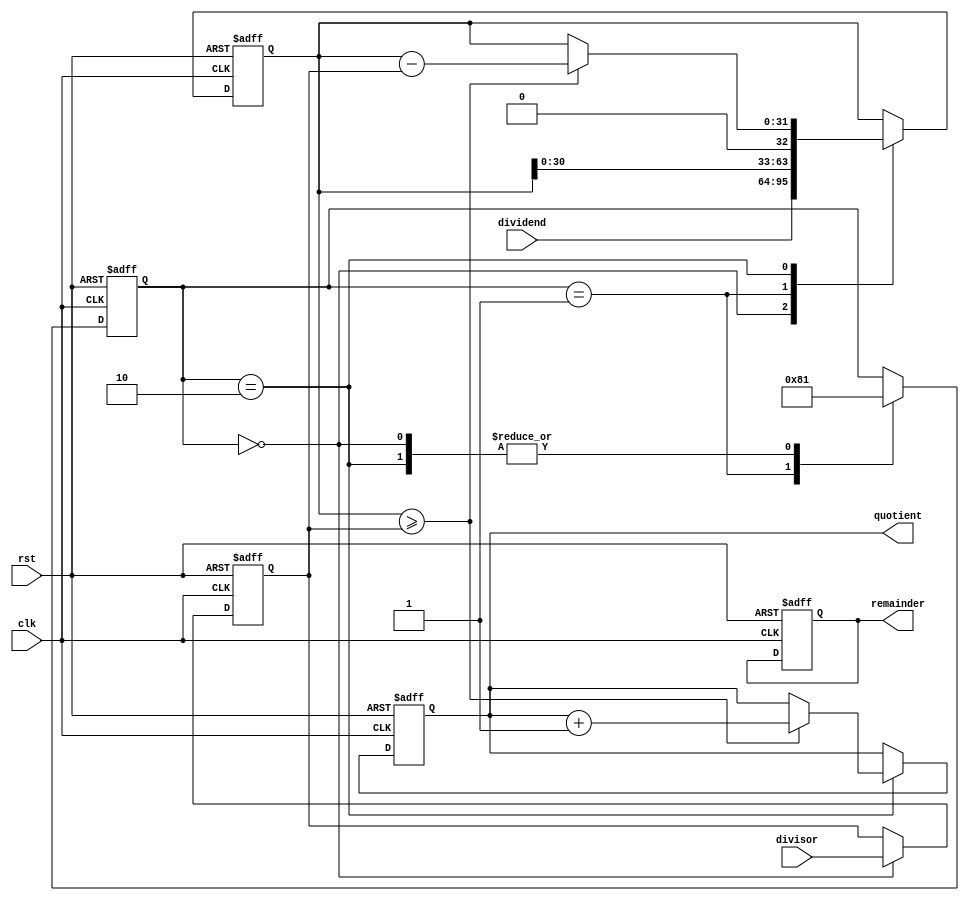
module PipelinedDivider (
    input wire clk,
    input wire rst,
    input wire [31:0] dividend,
    input wire [31:0] divisor,
    output reg [31:0] quotient,
    output reg [31:0] remainder
);

reg [31:0] dividend_reg;
reg [31:0] divisor_reg;
reg [5:0] stage;

always @(posedge clk or posedge rst) begin
    if (rst) begin
        stage <= 0;
        dividend_reg <= 0;
        divisor_reg <= 0;
        quotient <= 0;
        remainder <= 0;
    end else begin
        case (stage)
            0: begin
                divisor_reg <= divisor;
                dividend_reg <= dividend;
                stage <= 1;
            end
            1: begin
                dividend_reg <= dividend_reg << 1;
                stage <= 2;
            end
            2: begin
                if (dividend_reg >= divisor_reg) begin
                    dividend_reg <= dividend_reg - divisor_reg;
                    quotient <= quotient + 1;
                end
                stage <= 1;
            end
        endcase
    end
end

endmodule